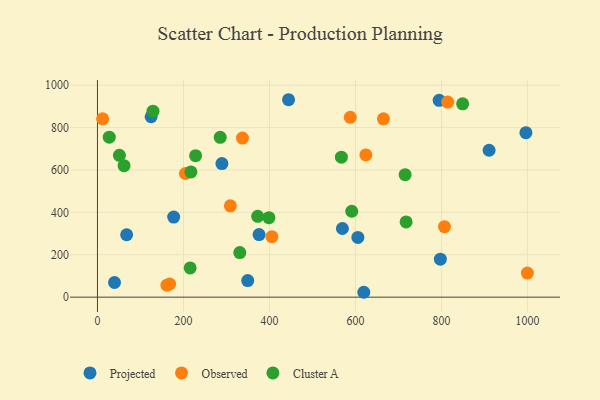
{"axis": {"x": "Engine Size", "y": "Rating"}, "legend": ["Cluster A", "Observed", "Projected"], "data": [{"x": "39.6", "y": 69.2, "type": "Projected"}, {"x": "349.3", "y": 78.4, "type": "Projected"}, {"x": "910.5", "y": 693.3, "type": "Projected"}, {"x": "794.4", "y": 929.0, "type": "Projected"}, {"x": "177.2", "y": 378.1, "type": "Projected"}, {"x": "797.2", "y": 179.2, "type": "Projected"}, {"x": "289.3", "y": 630.5, "type": "Projected"}, {"x": "124.8", "y": 851.3, "type": "Projected"}, {"x": "996.1", "y": 776.0, "type": "Projected"}, {"x": "619.2", "y": 23.1, "type": "Projected"}, {"x": "375.7", "y": 295.5, "type": "Projected"}, {"x": "569.5", "y": 323.9, "type": "Projected"}, {"x": "67.8", "y": 294.4, "type": "Projected"}, {"x": "605.4", "y": 281.8, "type": "Projected"}, {"x": "444.3", "y": 931.6, "type": "Projected"}, {"x": "405.6", "y": 285.3, "type": "Observed"}, {"x": "167.8", "y": 62.1, "type": "Observed"}, {"x": "337.1", "y": 750.6, "type": "Observed"}, {"x": "814.3", "y": 920.3, "type": "Observed"}, {"x": "664.9", "y": 841.7, "type": "Observed"}, {"x": "624.0", "y": 671.1, "type": "Observed"}, {"x": "204.5", "y": 583.4, "type": "Observed"}, {"x": "309.0", "y": 430.9, "type": "Observed"}, {"x": "587.8", "y": 848.7, "type": "Observed"}, {"x": "12.0", "y": 841.4, "type": "Observed"}, {"x": "999.5", "y": 113.6, "type": "Observed"}, {"x": "806.8", "y": 332.5, "type": "Observed"}, {"x": "161.5", "y": 56.6, "type": "Observed"}, {"x": "849.0", "y": 912.1, "type": "Cluster A"}, {"x": "330.9", "y": 210.5, "type": "Cluster A"}, {"x": "217.2", "y": 590.9, "type": "Cluster A"}, {"x": "129.1", "y": 877.8, "type": "Cluster A"}, {"x": "372.5", "y": 381.5, "type": "Cluster A"}, {"x": "717.6", "y": 355.0, "type": "Cluster A"}, {"x": "215.5", "y": 137.9, "type": "Cluster A"}, {"x": "567.1", "y": 660.7, "type": "Cluster A"}, {"x": "61.8", "y": 620.4, "type": "Cluster A"}, {"x": "228.1", "y": 667.6, "type": "Cluster A"}, {"x": "27.4", "y": 755.0, "type": "Cluster A"}, {"x": "715.3", "y": 578.1, "type": "Cluster A"}, {"x": "51.0", "y": 669.4, "type": "Cluster A"}, {"x": "591.2", "y": 405.4, "type": "Cluster A"}, {"x": "285.4", "y": 754.4, "type": "Cluster A"}, {"x": "398.6", "y": 374.9, "type": "Cluster A"}]}